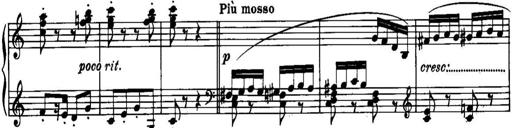
Title: Piano Sonatina No.1, Op.146
Composer: Stephen Heller